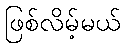
ဖြစ်လိမ့်မယ်